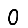
Digit: 0